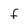
Character: f